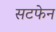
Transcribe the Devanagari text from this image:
सटफेन